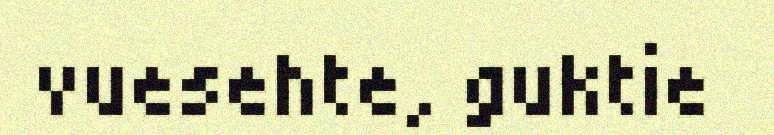
vuesehte, guktie